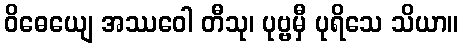
ဝိဓေယျေ အဿဝေါ တီသု၊ ပုဗ္ဗမှီ ပုရိသေ သိယာ။